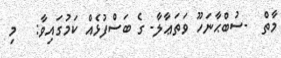
މާތް  -ސުބްޙާނަހޫ ވަތަޢާލާ- ގެ ބަސްފުޅެއް ކަމުގައިވާ:   މި